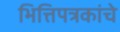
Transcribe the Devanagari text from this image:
भित्तिपत्रकांचे